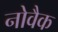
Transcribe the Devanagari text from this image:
नोवैक